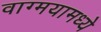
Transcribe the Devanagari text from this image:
वाग्मयामध्ये